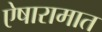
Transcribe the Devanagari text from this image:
ऐषारामात